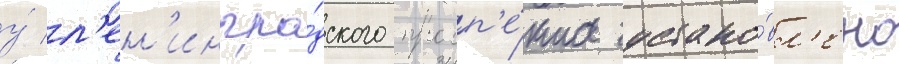
у́ л'ен'ингра́дского просп'е́кта устано́вл'ено